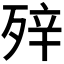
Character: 𰚀